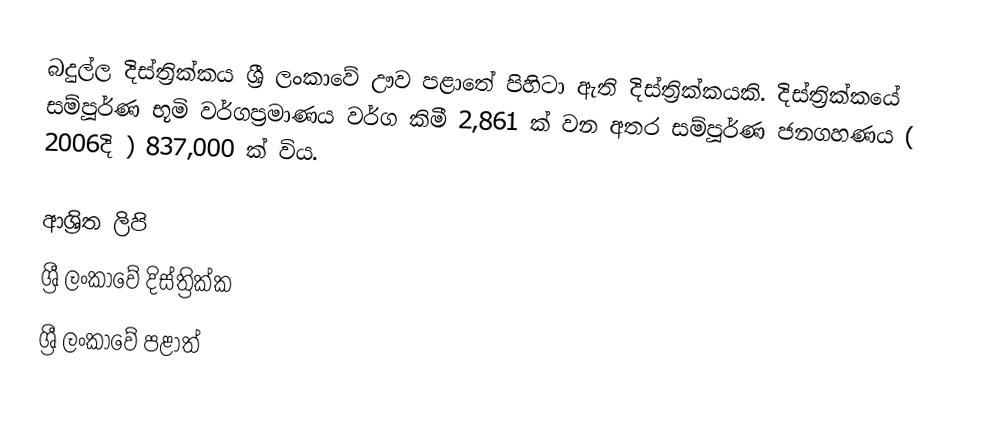
බදුල්ල දිස්ත්‍රික්කය ශ්‍රී ලංකාවේ ඌව පළාතේ පිහිටා ඇති දිස්ත්‍රික්කයකි. දිස්ත්‍රික්කයේ සම්පූර්ණ භූමි වර්ගප්‍රමාණය වර්ග කිමී 2,861 ක් වන අතර සම්පූර්ණ ජනගහණය ( 2006දි ) 837,000 ක් විය.

ආශ්‍රිත ලිපි
ශ්‍රී ලංකාවේ දිස්ත්‍රික්ක
ශ්‍රී ලංකාවේ පළාත්